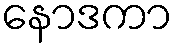
နောဒကာ